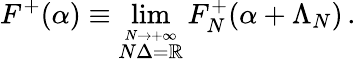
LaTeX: F^{+}(\alpha)\equiv\operatorname*{lim}_{\stackrel{N\rightarrow+\infty}{N\Delta=\mathbb{R}}}F_{N}^{+}(\alpha+\Lambda_{N})\, .